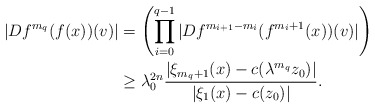
\begin{align*}|Df^{m_q}(f(x))(v)|&=\left(\prod_{i=0}^{q-1} |Df^{m_{i+1}-m_i}(f^{m_i+1}(x))(v)| \right) \\&\geq \lambda_0^{2n} \frac{ |\xi_{m_{q}+1}(x)-c(\lambda^{m_{q}}z_0)|}{ |\xi_1(x)-c(z_0)| }.\end{align*}